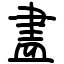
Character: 𥁞